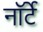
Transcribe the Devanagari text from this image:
नॉर्टे